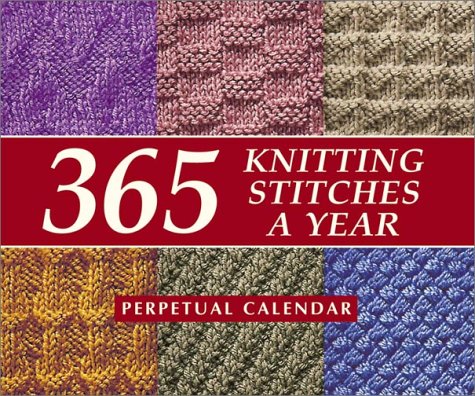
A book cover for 365 Knitting Stitches a Year: Perpetual Calendar; Martingale & Company; Crafts, Hobbies & Home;